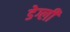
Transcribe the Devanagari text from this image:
डेग्ली